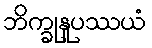
ဘိက္ခုနူပဿယံ